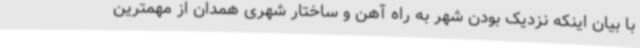
با بیان اینکه نزدیک بودن شهر به راه آهن و ساختار شهری همدان از مهمترین